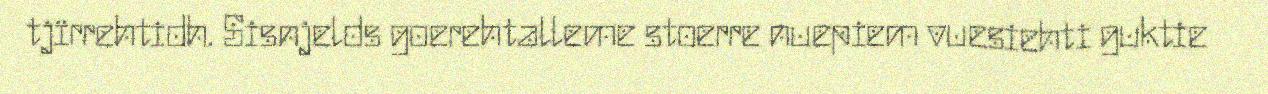
tjïrrehtidh. Sisnjelds goerehtalleme stoerre nuepiem vuesiehti guktie